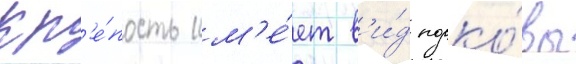
Кр'е́пость им'е́ет в'и́д подко́вы